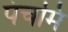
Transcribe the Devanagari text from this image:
पंचमि